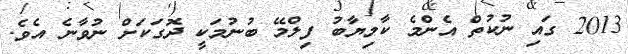
2013 ގައި ނުކުތް އެންމެ ކާމިޔާބު ފިލްމޭ ބުނުމަކީ ދޮގަކަށް ނުވާނެ އެވެ.